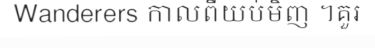
Wanderers កាលពីយប់មិញ ។គួរ